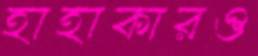
হাহাকারও